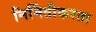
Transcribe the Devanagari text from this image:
निर्मितीकरता